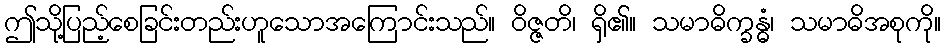
ဤသို့ပြည့်စေခြင်းတည်းဟူသောအကြောင်းသည်။ ဝိဇ္ဇတိ၊ ရှိ၏။ သမာဓိက္ခန္ဓံ၊ သမာဓိအစုကို။